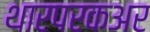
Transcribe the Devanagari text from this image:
थारपरकअर